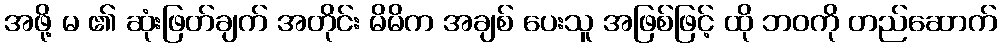
အဖို့ မ ၏ ဆုံးဖြတ်ချက် အတိုင်း မိမိက အချစ် ပေးသူ အဖြစ်ဖြင့် ထို ဘဝကို တည်ဆောက်